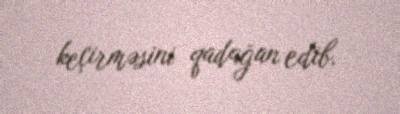
keçirməsini qadağan edib.